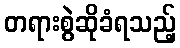
တရားစွဲဆိုခံရသည့်